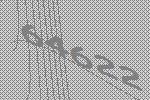
64622